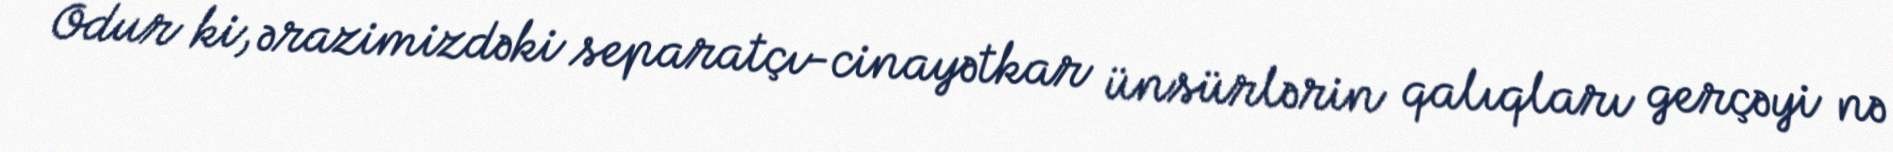
Odur ki, ərazimizdəki separatçı-cinayətkar ünsürlərin qalıqları gerçəyi nə